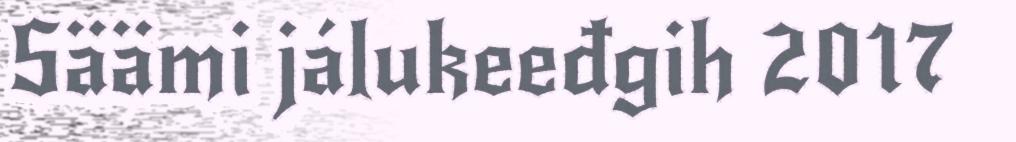
Säämi jálukeeđgih 2017